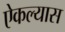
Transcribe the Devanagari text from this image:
ऐकल्यास